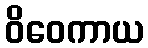
ဝိဝေကာယ